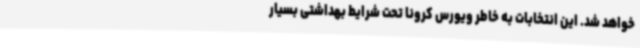
خواهد شد. این انتخابات به خاطر ویورس کرونا تحت شرایط بهداشتی بسیار